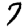
Digit: 7